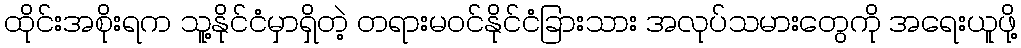
ထိုင်းအစိုးရက သူ့နိုင်ငံမှာရှိတဲ့ တရားမဝင်နိုင်ငံခြားသား အလုပ်သမားတွေကို အရေးယူဖို့